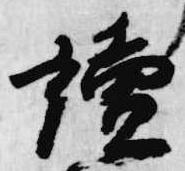
読